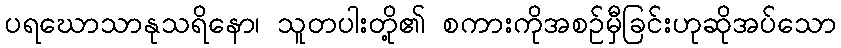
ပရဃောသာနုသရိနော၊ သူတပါးတို့၏ စကားကိုအစဉ်မှီခြင်းဟုဆိုအပ်သော